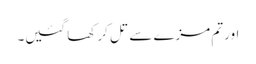
اور تم مزے سے تل کر کھا گئیں۔